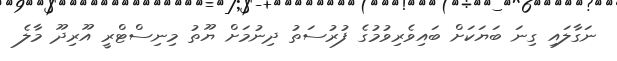
ނަގާލައި ގިނަ ބަޔަކަށް ބައިވެރިވުމުގެ ފުރުސަތު ދިނުމަށް ޔޫތު މިނިސްޓްރީ އޫރިދޫ މާލެ